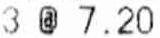
3 @ 7.20